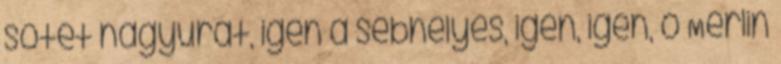
sötét nagyurat, igen a sebhelyes, igen, igen, ó Merlin